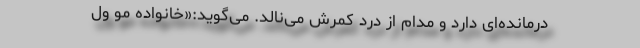
درمانده‌ای دارد و مدام از درد کمرش می‌نالد. می‌گوید:«خانواده مو ول